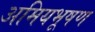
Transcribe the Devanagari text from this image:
अमियभूषण